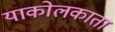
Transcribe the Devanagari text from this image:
याकोलकाता